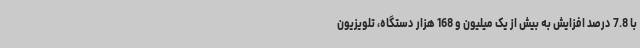
با 7.8 درصد افزایش به بیش از یک میلیون و 168 هزار دستگاه، تلویزیون